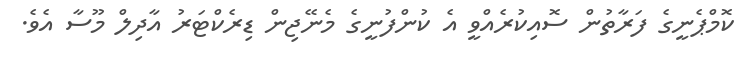
ކޮމްޕެނީގެ ފަރާތުން ސޮއިކުރެއްވީ އެ ކުންފުނީގެ މެނޭޖިން ޑިރެކްޓަރު އާދިލް މޫސާ އެވެ.